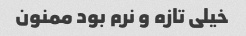
خیلی تازه و نرم بود ممنون